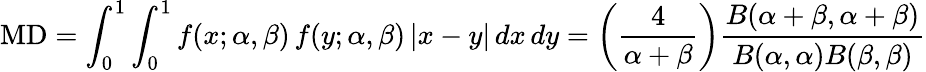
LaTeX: \mathrm{MD}=\int_{0}^{1}\int_{0}^{1}f(x;\alpha,\beta)\, f(y;\alpha,\beta)\, |x-y|\, dx\, dy=\left({\frac{4}{\alpha+\beta}}\right){\frac{B(\alpha+\beta,\alpha+\beta)}{B(\alpha,\alpha)B(\beta,\beta)}}